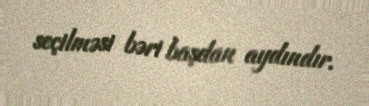
seçilməsi bəri başdan aydındır.